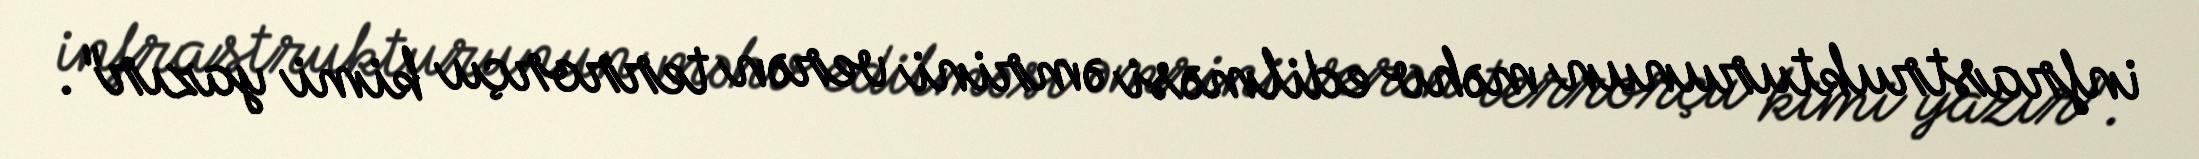
infrastrukturunun məhv edilməsi əmrini verən terrorçu kimi yazır".